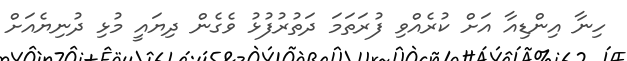
ހިނާ އިންޑިއާ އަށް ކުރެއްވި ފުރަތަމަ ދަތުރުފުޅު ވެގެން ދިޔައީ މުޅި ދުނިޔެއަށް